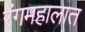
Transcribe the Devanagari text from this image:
रंगमहालात